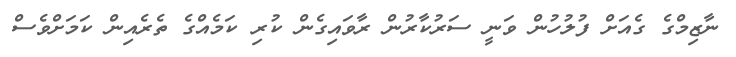
ނާޒިމްގެ ގެއަށް ފުލުހުން ވަނީ ސަރުކާރުން ރާވައިގެން ކުރި ކަމެއްގެ ތެރެއިން ކަމަށްވެސް